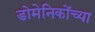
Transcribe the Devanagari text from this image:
डोमेनिकोंच्या